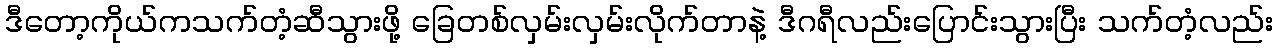
ဒီတော့ကိုယ်ကသက်တံ့ဆီသွားဖို့ ခြေတစ်လှမ်းလှမ်းလိုက်တာနဲ့ ဒီဂရီလည်းပြောင်းသွားပြီး သက်တံ့လည်း